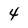
Character: 4